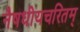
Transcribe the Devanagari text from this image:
नैषधीयचरितम्‌